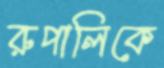
রুপালিকে